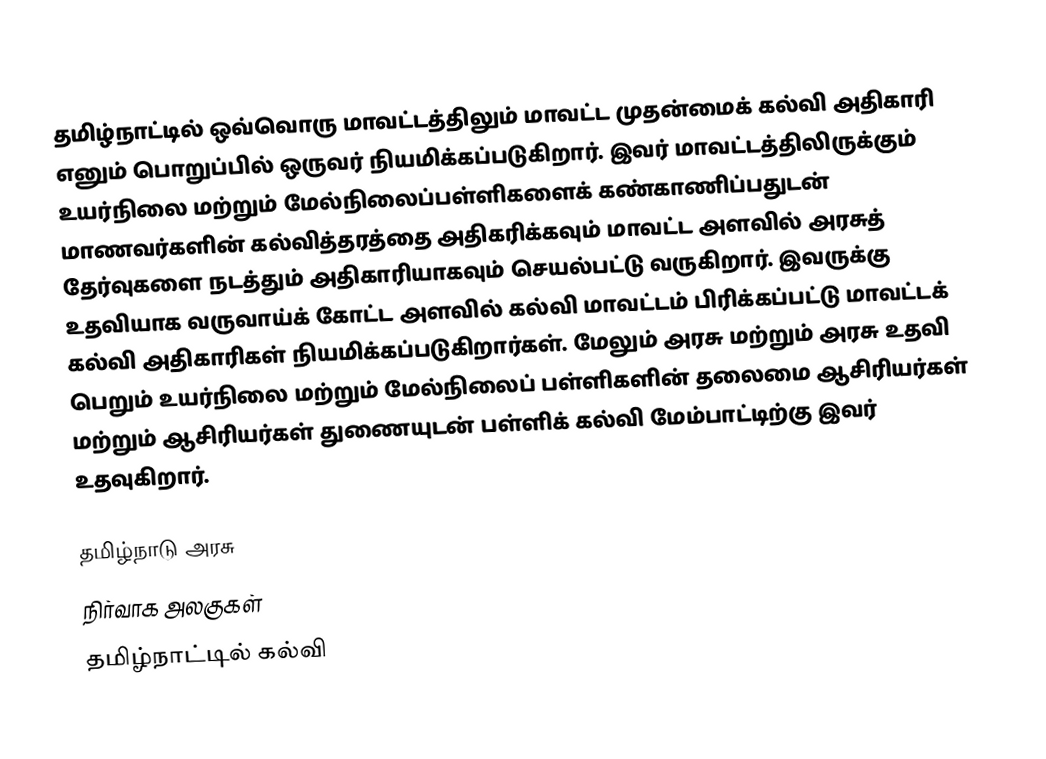
தமிழ்நாட்டில் ஒவ்வொரு மாவட்டத்திலும் மாவட்ட முதன்மைக் கல்வி அதிகாரி எனும் பொறுப்பில் ஒருவர் நியமிக்கப்படுகிறார். இவர் மாவட்டத்திலிருக்கும் உயர்நிலை மற்றும் மேல்நிலைப்பள்ளிகளைக் கண்காணிப்பதுடன் மாணவர்களின் கல்வித்தரத்தை அதிகரிக்கவும் மாவட்ட அளவில் அரசுத் தேர்வுகளை நடத்தும் அதிகாரியாகவும் செயல்பட்டு வருகிறார். இவருக்கு உதவியாக வருவாய்க் கோட்ட அளவில் கல்வி மாவட்டம் பிரிக்கப்பட்டு மாவட்டக் கல்வி அதிகாரிகள் நியமிக்கப்படுகிறார்கள். மேலும் அரசு மற்றும் அரசு உதவி பெறும் உயர்நிலை மற்றும் மேல்நிலைப் பள்ளிகளின் தலைமை ஆசிரியர்கள் மற்றும் ஆசிரியர்கள் துணையுடன் பள்ளிக் கல்வி மேம்பாட்டிற்கு இவர் உதவுகிறார்.

தமிழ்நாடு அரசு
நிர்வாக அலகுகள்
தமிழ்நாட்டில் கல்வி